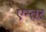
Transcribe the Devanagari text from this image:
एन्तर